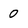
Character: 0